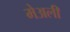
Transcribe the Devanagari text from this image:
मेअली